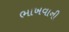
ભાખવાની